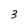
Character: 3